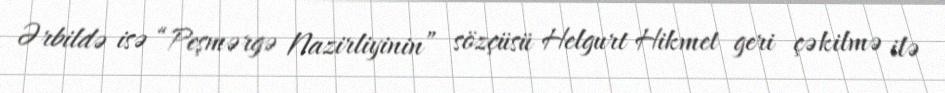
Ərbildə isə “Peşmərgə Nazirliyinin” sözçüsü Helgurt Hikmet geri çəkilmə ilə